Lunatic asylums United Provinces 1909-1921 - 1909-1921
Year: 1909
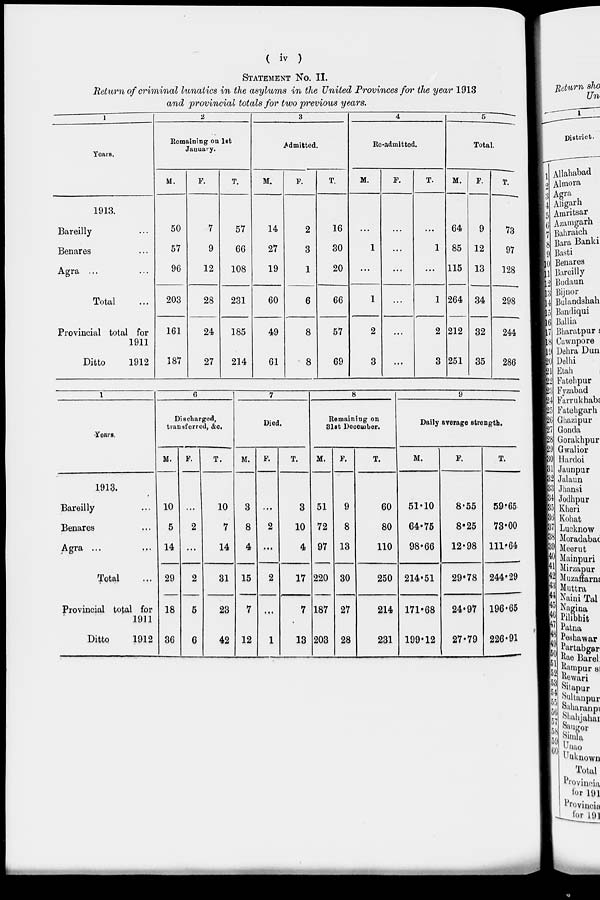
( iv )
STATEMENT NO. II.
Return of criminal lunatics in the asylums in the United Provinces for the year 1913
and provincial totals for two previous years.
1
2
3
4
5
-
Years.
Remaining on
January.
1st
Admitted.
Re-admittec 1.
Total.
M.
F.
T.
M.
p.
T.
M.
F.
T.
M.
P.
T.
1913.
Bareilly
50
7
57
14
2
16
...
...
...
64
9
73
Benares
57
9
66
27
3
30
1
...
1 85 12
9V
Agra ...
96
12
108
19
1
20
...
...
...
115
264
212
13
34
32
128
Total
203
28
231
60
6
66
1
...
1
298
Provincial total for
161
24
185
49
8
57
2
2
244
1911
Ditto
1912
187
27
214
61
8
69
3
...
3 251 35
286
l
6
7
8
9
■Years.
Discharged,
transferred, &o.
Died.
Remaining on
Slat December.
Daily average strength.
M.
10
5
14
29
18
36
p.
2
2
5
6
T.
M.
3
8
4
15
7
12
p.
2
T.
M.
51
72
97
220
187
203
P.
9
8
13
30
27
28
T.
M.
P.
T.
1913.
Bareilly
Benares
Agra ...
10
7
14
3
10
4
60
80
110
51-10
64-75
98-66
8-55
8'25
12-98
59-65
73*00
111-64
Total
31
2
1
17
250 214-51
29-78 244-29
Provincial total for
1911
Ditto
1912
23
42
7
13
214
231
171-68
199-12
24-97
27-79
196*65
226*91